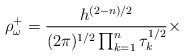
\begin{align*}\rho^{+}_{\omega}=\frac{h^{(2-n)/2}}{(2\pi )^{1/2}\prod_{k=1}^{n}\tau_{k}^{1/2} } \times\end{align*}